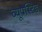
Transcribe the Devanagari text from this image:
व्यूप्रेस्टिड